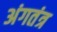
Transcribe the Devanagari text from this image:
अंगतंत्र